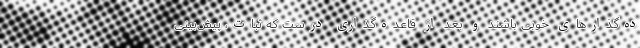
ده‌گذارهای خوبی باشند و بعد از قاعده‌گذاری درست که ثبات، پیش‌بینی